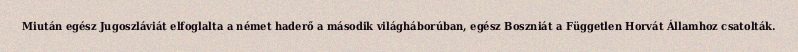
Miután egész Jugoszláviát elfoglalta a német haderő a második világháborúban, egész Boszniát a Független Horvát Államhoz csatolták.